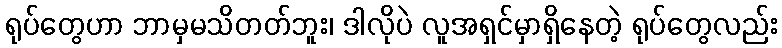
ရုပ်တွေဟာ ဘာမှမသိတတ်ဘူး၊ ဒါလိုပဲ လူအရှင်မှာရှိနေတဲ့ ရုပ်တွေလည်း